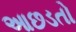
આછડતો